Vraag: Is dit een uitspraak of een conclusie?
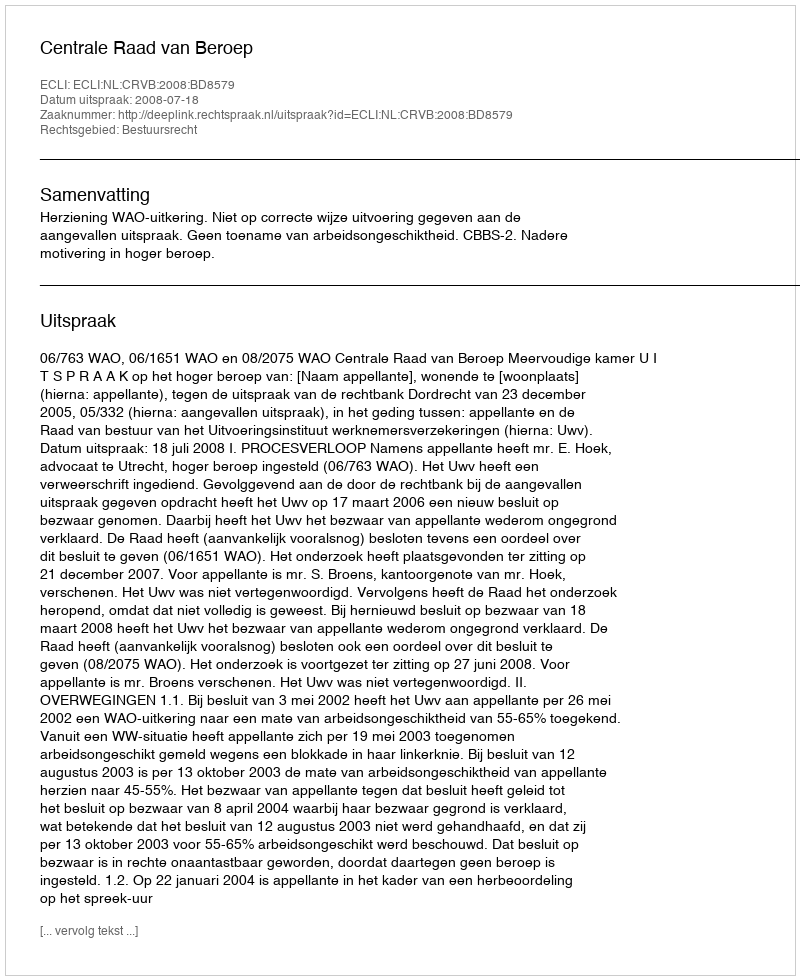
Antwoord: Uitspraak